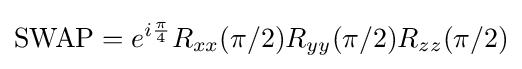
{\text{SWAP}}=e^{i{\frac {\pi }{4}}}R_{xx}(\pi /2)R_{yy}(\pi /2)R_{zz}(\pi /2)